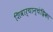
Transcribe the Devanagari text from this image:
शिवार्चान्चंद्रिका